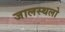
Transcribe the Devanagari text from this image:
जालस्थलो